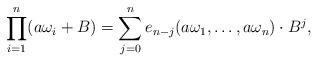
LaTeX: \begin{align*}\prod_{i=1}^n (a\omega_i+B) = \sum_{j=0}^n e_{n-j}(a\omega_1,\dots , a \omega_n) \cdot B^j,\end{align*}